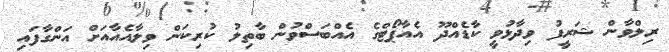
ރިލްވާން ޝަރީފު ވިދާޅުވީ ކާޑެެއްދޫ އެއާޕޯޓްގެ އެއްބަސްވުން ބާތިލު ކުރިކަން ވިލާއެއާއަށް އަންގާފައި